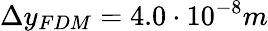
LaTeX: \Delta y_{FDM}=4.0\cdot 10^{-8}m